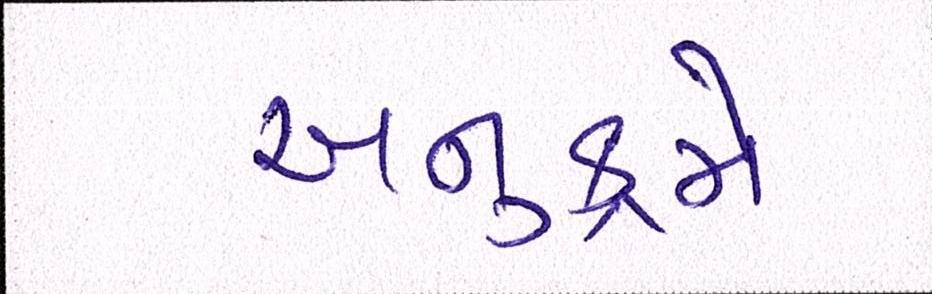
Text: અનુક્રમે